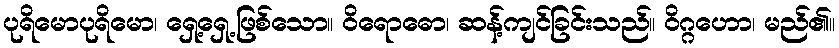
ပုရိမောပုရိမော၊ ရှေ့ရှေ့ဖြစ်သော။ ဝိရောဓော၊ ဆန့်ကျင်ခြင်းသည်။ ဝိဂ္ဂဟော၊ မည်၏။